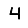
Digit: 4